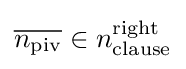
{\overline {n_{\text{piv}}}}\in n_{\text{clause}}^{\text{right}}